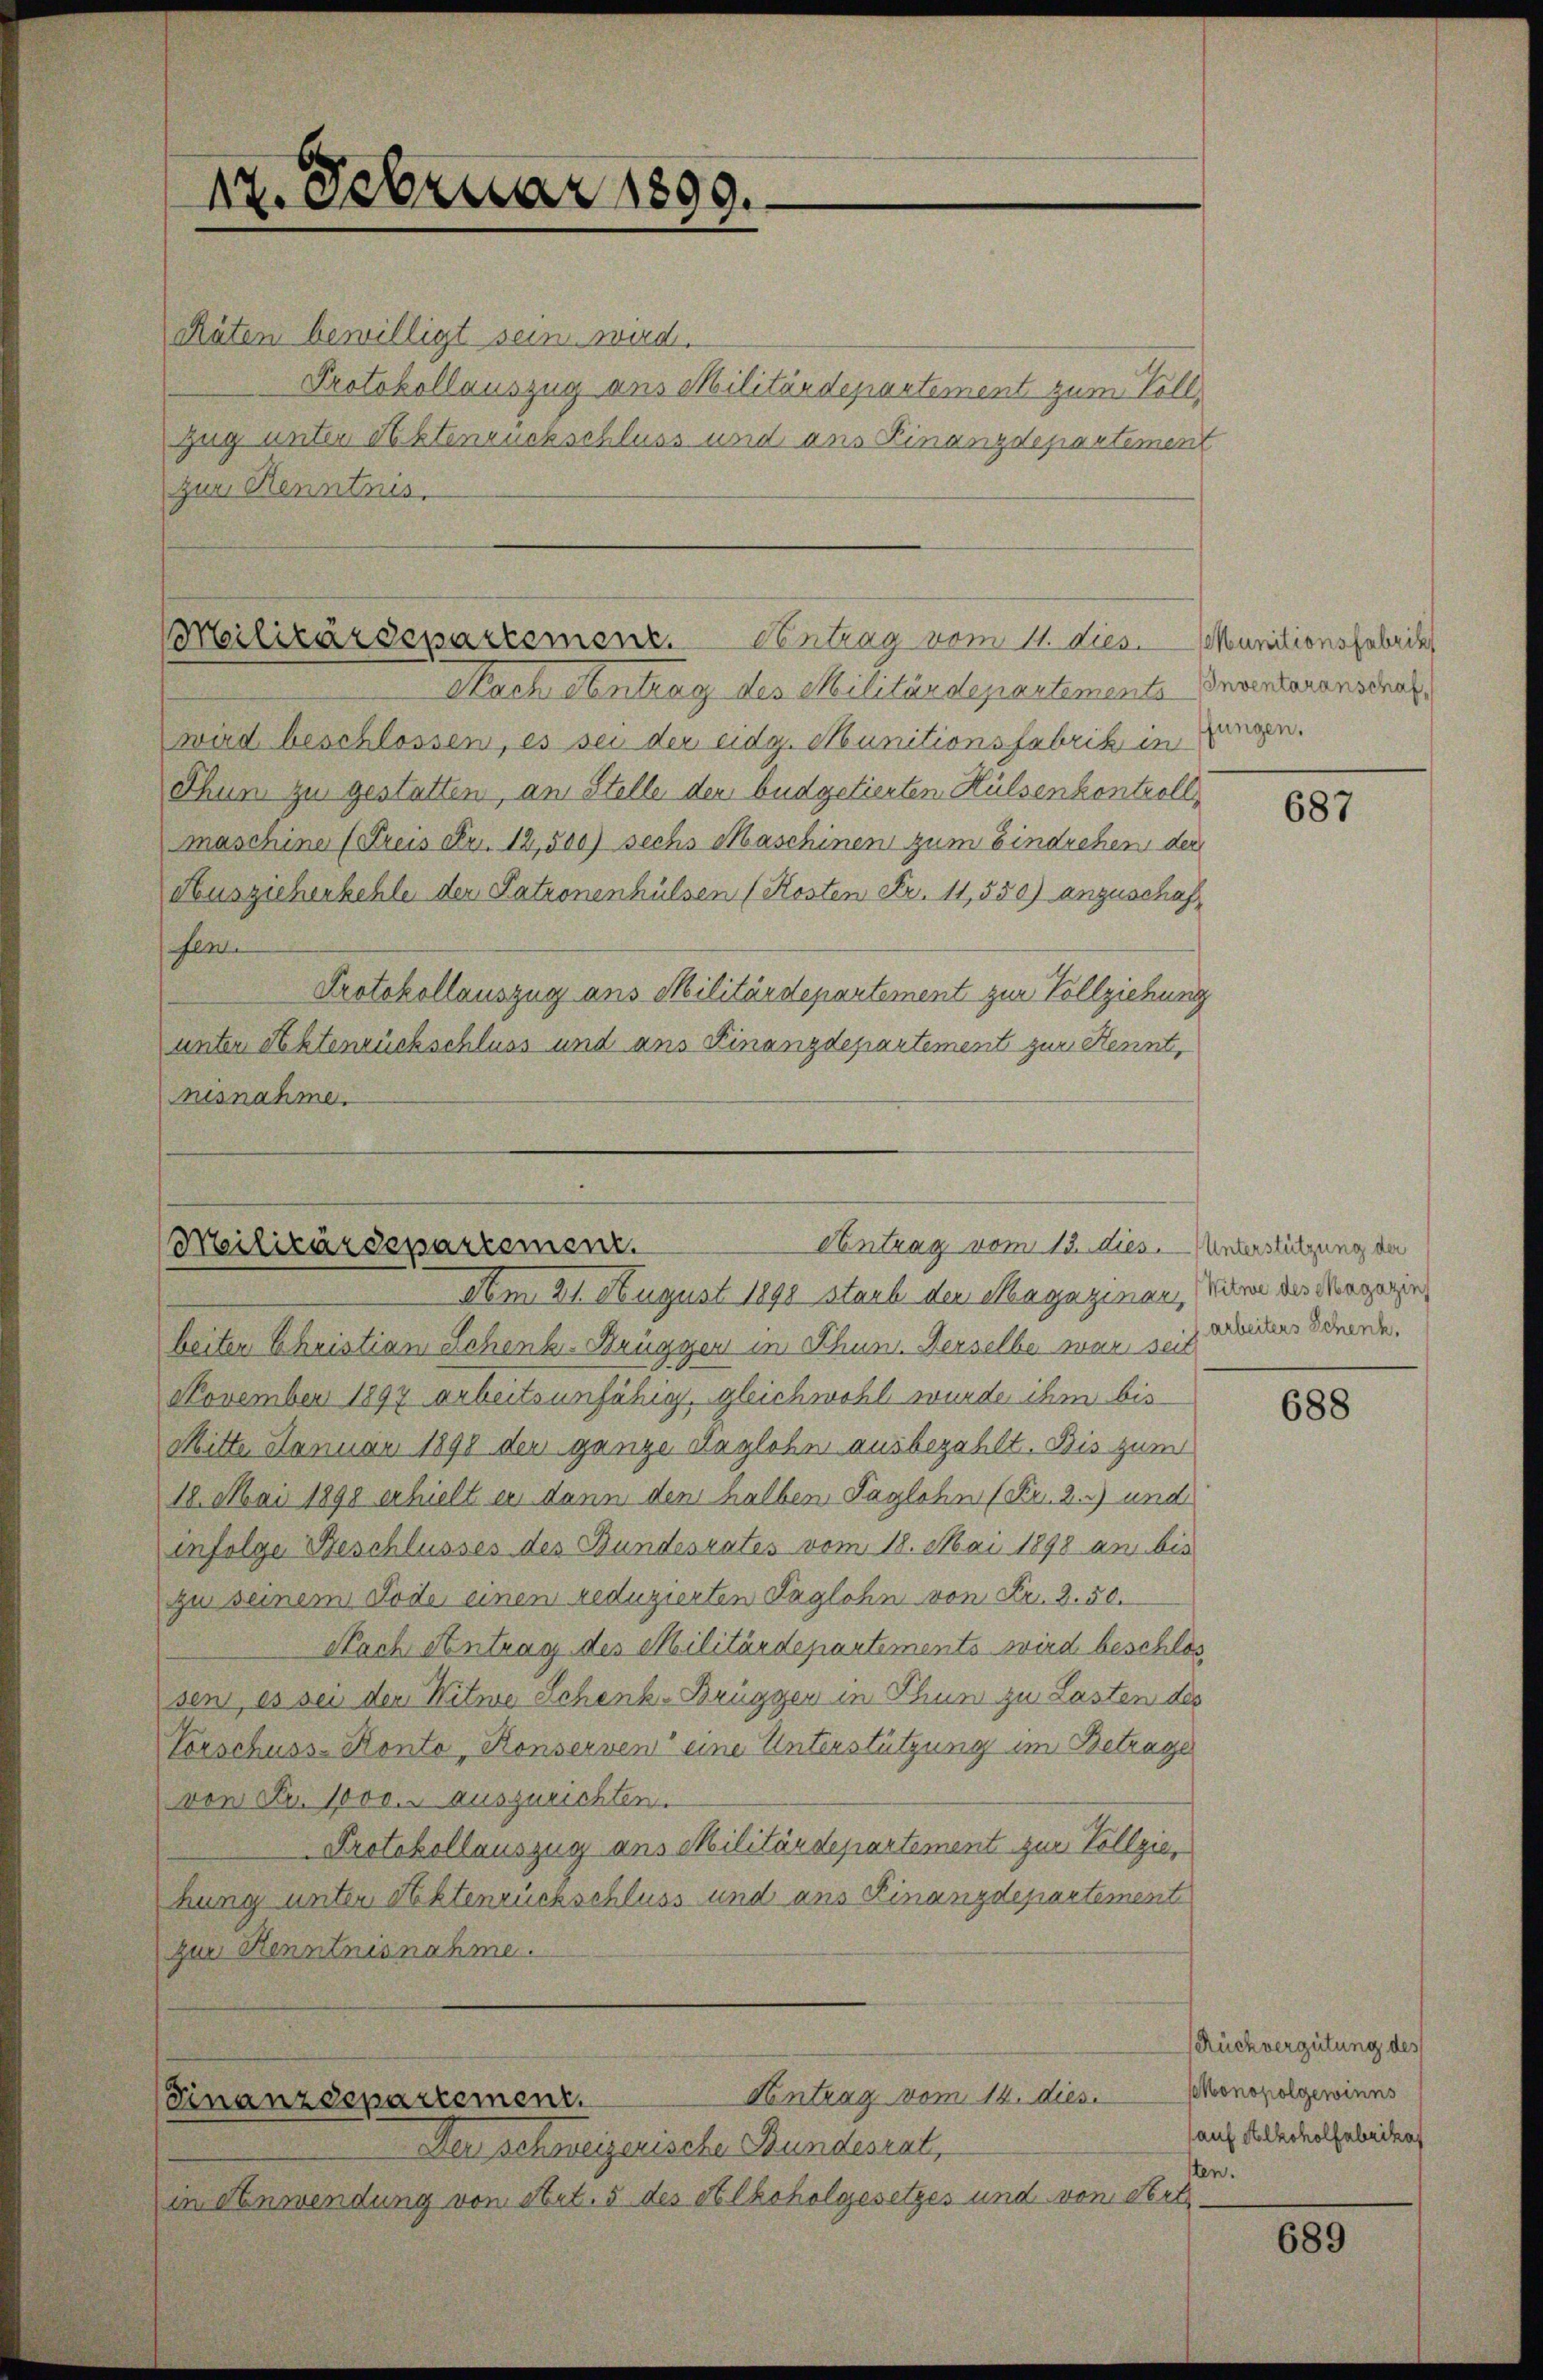
12. Februar 1889.

Räten bewilligt sein wird.
Protokollauszug aus Militärdepartement zum Vollzug unter Aktenruckschluss und ans Finanzdepartement
zur Kenntnis.

Militärdepartement. Contrag vom 11. dies. Munitionsfabrik

Nach Antrag des Militärdepartemente Inventarensdrak
wird beschlossen, es sei der eidg. Munitionsfabrik in Lungen.
Thun zu gestatten, an Stelle den budgetierten Hülsenkontroll
maschine (Freis Fr. 12,500) sechs Maschinen zum Eindrehen den
Auszieherhehle der Patronenhülsen (Kosten Fr. 11,550) anzuschaffle
Protokollauszug aus Militärdepartement zur Vollziehung
unter Rechtenrückschluss und ans Finanzdepartement zur Kennt,
nisnahme.

Contrag vom 13. dies. Unterstützung der
Militärdepartement.

Am 21. August 1890 staub den Magazinen, in der Negerin,
beiten Christian Schenk- Brüggen in Schum. Derselbe war seit
November 1897 arbeitsunfähig, gleichwohl wurde ihm bis
Mitte Januar 1898 der ganze daglohn ausbezahlt. Bis zum
18. Mai 1898 erhielt er dann den halben Taglohn (Fr. 2.) und
infolge Beschlusses des Bundesrates vom 18. Mai 1898 an bis
zu seinem Tode einen reduzierten Taglohn von Fr. 8.50.
Nach Antrag des Militärdepartements wird beschlos
sen, es sei den Witwe Schenk-Brüggen in Thun zu Lasten des
Vorschuss-Konto, Konserven eine Unterstützung im Betrage
von Fr. 1000. auszurichten.
Protokollauszug aus Militärdepartement zur Vollziehung unter Sektenrückschluss und aus Finanzdepartement
zur Henntnisnahme.

Antrag vom 14. dies
Finanzdepartement.

Den schweizerische Bundesrat,
in Anwendung von Art. 5 des Alkoholgesetzes und von Sort

687

arbeiters Schenk,

688

Rückvergütung des
Monopolgewinns
(auf Alkoholfabrikaf
sten.

689